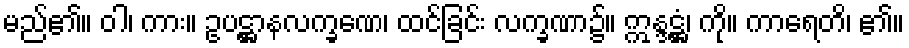
မည်၏။ ဝါ၊ ကား။ ဥပဋ္ဌာနလက္ခဏေ၊ ထင်ခြင်း လက္ခဏာ၌။ ဣန္ဒဋ္ဌံ၊ ကို။ ကာရေတိ၊ ၏။